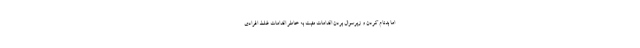
اما بدنام کردن و زیرسوال بردن اقدامات مثبت به خاطر اقدامات غلط افرادی